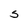
Character: S